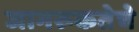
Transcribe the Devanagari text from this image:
जागरूकतेचे